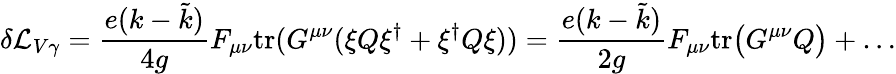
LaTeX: \delta{\cal L}_{V\gamma}=\frac{e(k-\tilde{k})}{4g}F_{\mu\nu}\mathrm{tr}(G^{\mu\nu}(\xi Q\xi^{\dagger}+\xi^{\dagger}Q\xi))=\frac{e(k-\tilde{k})}{2g}F_{\mu\nu}\mathrm{tr}\big(G^{\mu\nu}Q\big)+\dots